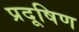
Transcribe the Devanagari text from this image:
प्रदूषिण